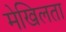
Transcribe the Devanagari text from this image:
मेखिलता